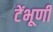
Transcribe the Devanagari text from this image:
टेंभूर्णी